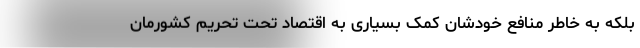
بلکه به خاطر منافع‌ خودشان کمک بسیاری به اقتصاد تحت تحریم کشورمان